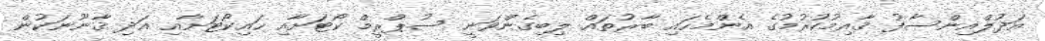
އަދުލްއިންސާފު ޤާއިމުކުރުމުގެ އެންމެހައި ބާރުތައް ލިބިގެންވަނީ ސުޕްރީމް ކޯޓަށާއި ހައިކޯޓަށާއި އަދި ޤާނޫނަކުން